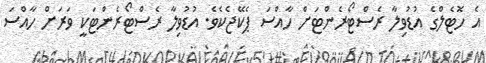
އެ ހޮޓެލްގެ އުޑުވިލާ ރެސްޓޯރެންޓަށް ހާއްސަ ޕެކޭޖެކެވެ. އުޑުވިލާ ރެސްޓޯރެންޓަކީ ވަރަށް ހާއްސަ